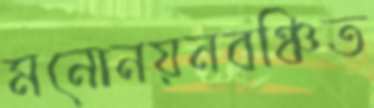
মনোনয়নবঞ্চিত